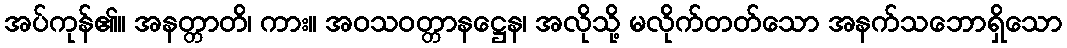
အပ်ကုန်၏။ အနတ္တာတိ၊ ကား။ အဝသဝတ္တာနဋ္ဌေန၊ အလိုသို့ မလိုက်တတ်သော အနက်သဘောရှိသော